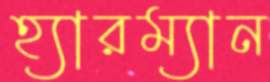
হ্যারম্যান